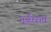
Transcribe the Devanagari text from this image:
गुर्जरराम